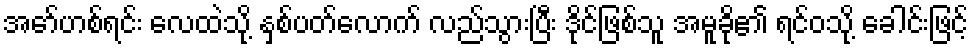
အော်ဟစ်ရင်း လေထဲသို့ နှစ်ပတ်လောက် လည်သွားပြီး ဒိုင်ဖြစ်သူ အမူခို၏ ရင်ဝသို့ ခေါင်းဖြင့်